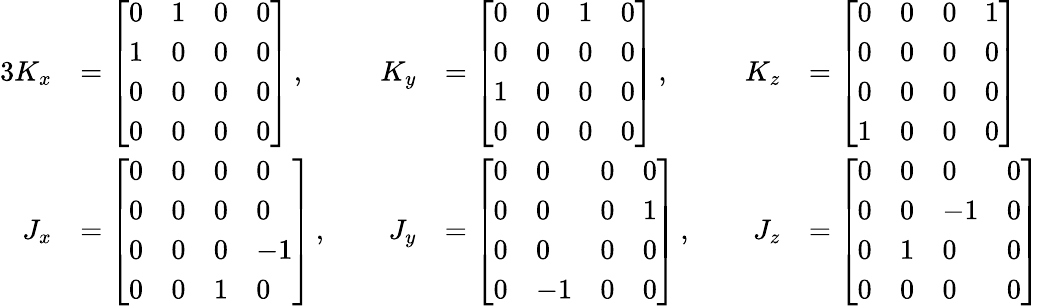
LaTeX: {\begin{array}{rlrlrl}{{3}K_{x}}&{={\left[\begin{array}{llll}{0}&{1}&{0}&{0}\\ {1}&{0}&{0}&{0}\\ {0}&{0}&{0}&{0}\\ {0}&{0}&{0}&{0}\end{array}\right]}\, ,\quad}&{K_{y}}&{={\left[\begin{array}{llll}{0}&{0}&{1}&{0}\\ {0}&{0}&{0}&{0}\\ {1}&{0}&{0}&{0}\\ {0}&{0}&{0}&{0}\end{array}\right]}\, ,\quad}&{K_{z}}&{={\left[\begin{array}{llll}{0}&{0}&{0}&{1}\\ {0}&{0}&{0}&{0}\\ {0}&{0}&{0}&{0}\\ {1}&{0}&{0}&{0}\end{array}\right]}}\\ {J_{x}}&{={\left[\begin{array}{llll}{0}&{0}&{0}&{0}\\ {0}&{0}&{0}&{0}\\ {0}&{0}&{0}&{-1}\\ {0}&{0}&{1}&{0}\end{array}\right]}\, ,\quad}&{J_{y}}&{={\left[\begin{array}{llll}{0}&{0}&{0}&{0}\\ {0}&{0}&{0}&{1}\\ {0}&{0}&{0}&{0}\\ {0}&{-1}&{0}&{0}\end{array}\right]}\, ,\quad}&{J_{z}}&{={\left[\begin{array}{llll}{0}&{0}&{0}&{0}\\ {0}&{0}&{-1}&{0}\\ {0}&{1}&{0}&{0}\\ {0}&{0}&{0}&{0}\end{array}\right]}}\end{array}}